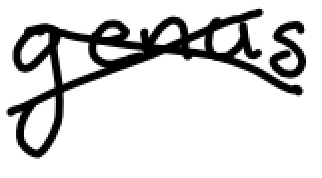
Text: genus
Cross-out: cross
Writing tool: digital_black